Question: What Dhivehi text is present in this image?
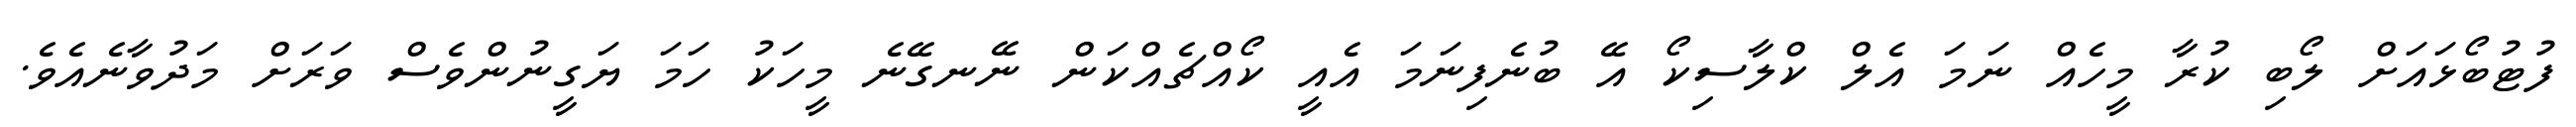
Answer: ފުޓުބޯޅައަށް ލޯބި ކުރާ މީހެއް ނަމަ އެލް ކްލާސިކޯ އޭ ބުނެފިނަމަ އެއީ ކޯއްޗެއްކަން ނޭނގޭނެ މީހަކު ހަމަ ޔަގީނުންވެސް ވަރަށް މަދުވާނެއެވެ.